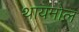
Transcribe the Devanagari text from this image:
थायमोल